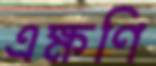
এক্ষণি